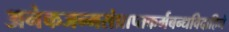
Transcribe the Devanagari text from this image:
अनेकजन्मसंप्राप्तकर्मबन्धविदाहिने